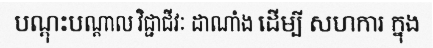
បណ្តុះបណ្តាល វិជ្ជាជីវៈ ដាណាំង ដើម្បី សហការ ក្នុង